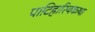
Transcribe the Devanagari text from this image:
पाटिहारियकथा